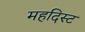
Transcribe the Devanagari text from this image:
महदिस्ट